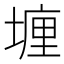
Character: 𡏂